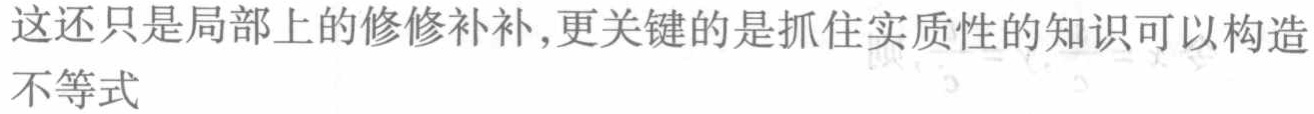
这还只是局部上的修修补补,更关键的是抓住实质性的知识可以构造不等式